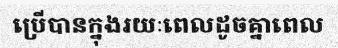
ប្រើបានក្នុងរយៈពេលដូចគ្នាពេល